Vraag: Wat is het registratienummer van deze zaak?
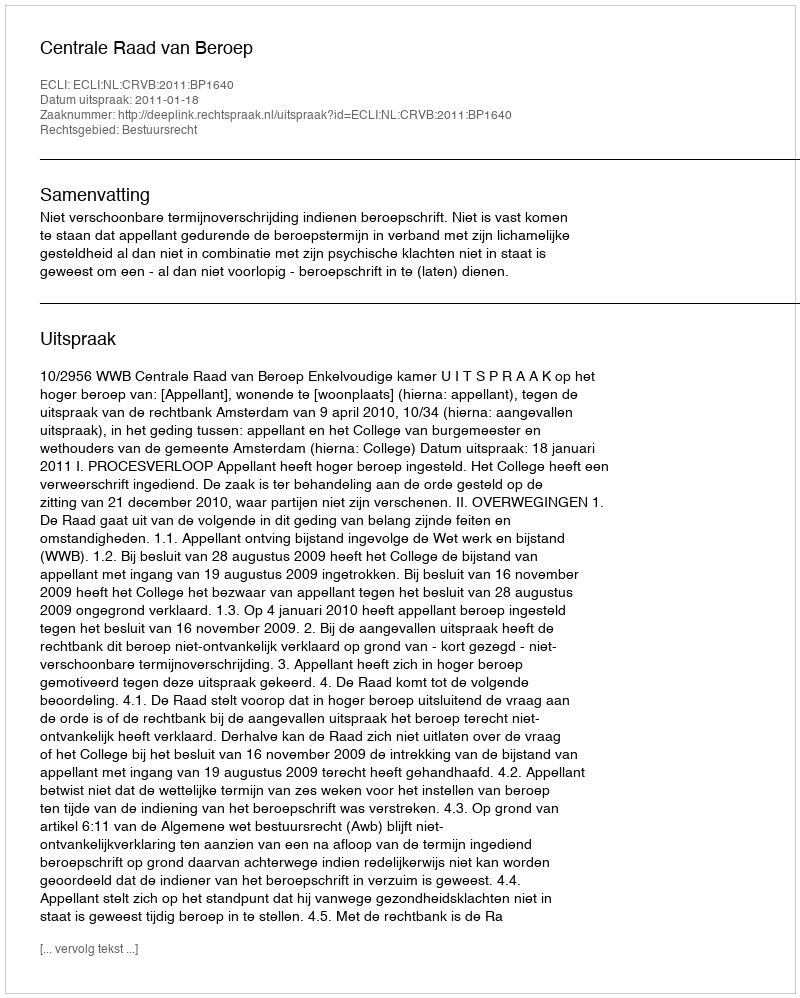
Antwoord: http://deeplink.rechtspraak.nl/uitspraak?id=ECLI:NL:CRVB:2011:BP1640